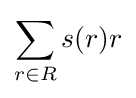
\sum _{r\in R}s(r)r